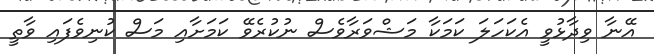
އޭނާ ވިދާޅުވީ އެކަހަލަ ކަމަކާ މަޝްވަރާވެސް ނުކުރެވޭ ކަމަށާއި މަސް ކުނިވެފައި ވާތީ